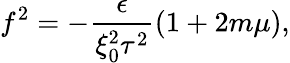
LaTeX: f^{2}=-\frac{\epsilon}{\xi_{0}^{2}\tau^{2}}(1+2m\mu),